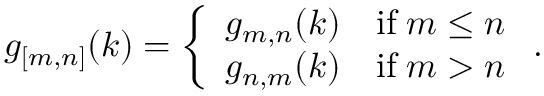
g _ { [ m , n ] } ( k ) = \left\{ \begin{array} { l l } { { g _ { m , n } ( k ) } } & { { \mathrm { i f } \; m \leq n } } \\ { { g _ { n , m } ( k ) } } & { { \mathrm { i f } \; m > n } } \end{array} \right. .